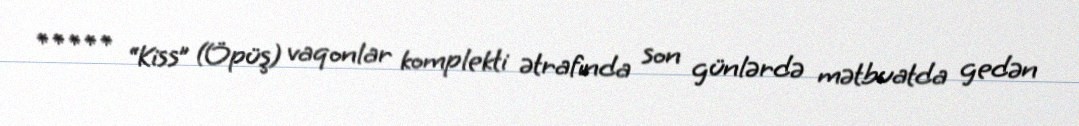
***** “Kiss” (Öpüş) vaqonlar komplekti ətrafında son günlərdə mətbuatda gedən